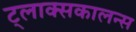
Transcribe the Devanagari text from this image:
ट्लाक्सकालन्स